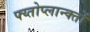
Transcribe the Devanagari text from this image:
फ्य्तोप्लान्क्तों